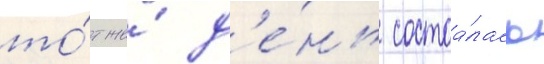
то́т же́ д'е́нь состоа́лась